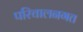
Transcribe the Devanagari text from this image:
परिचालनगत